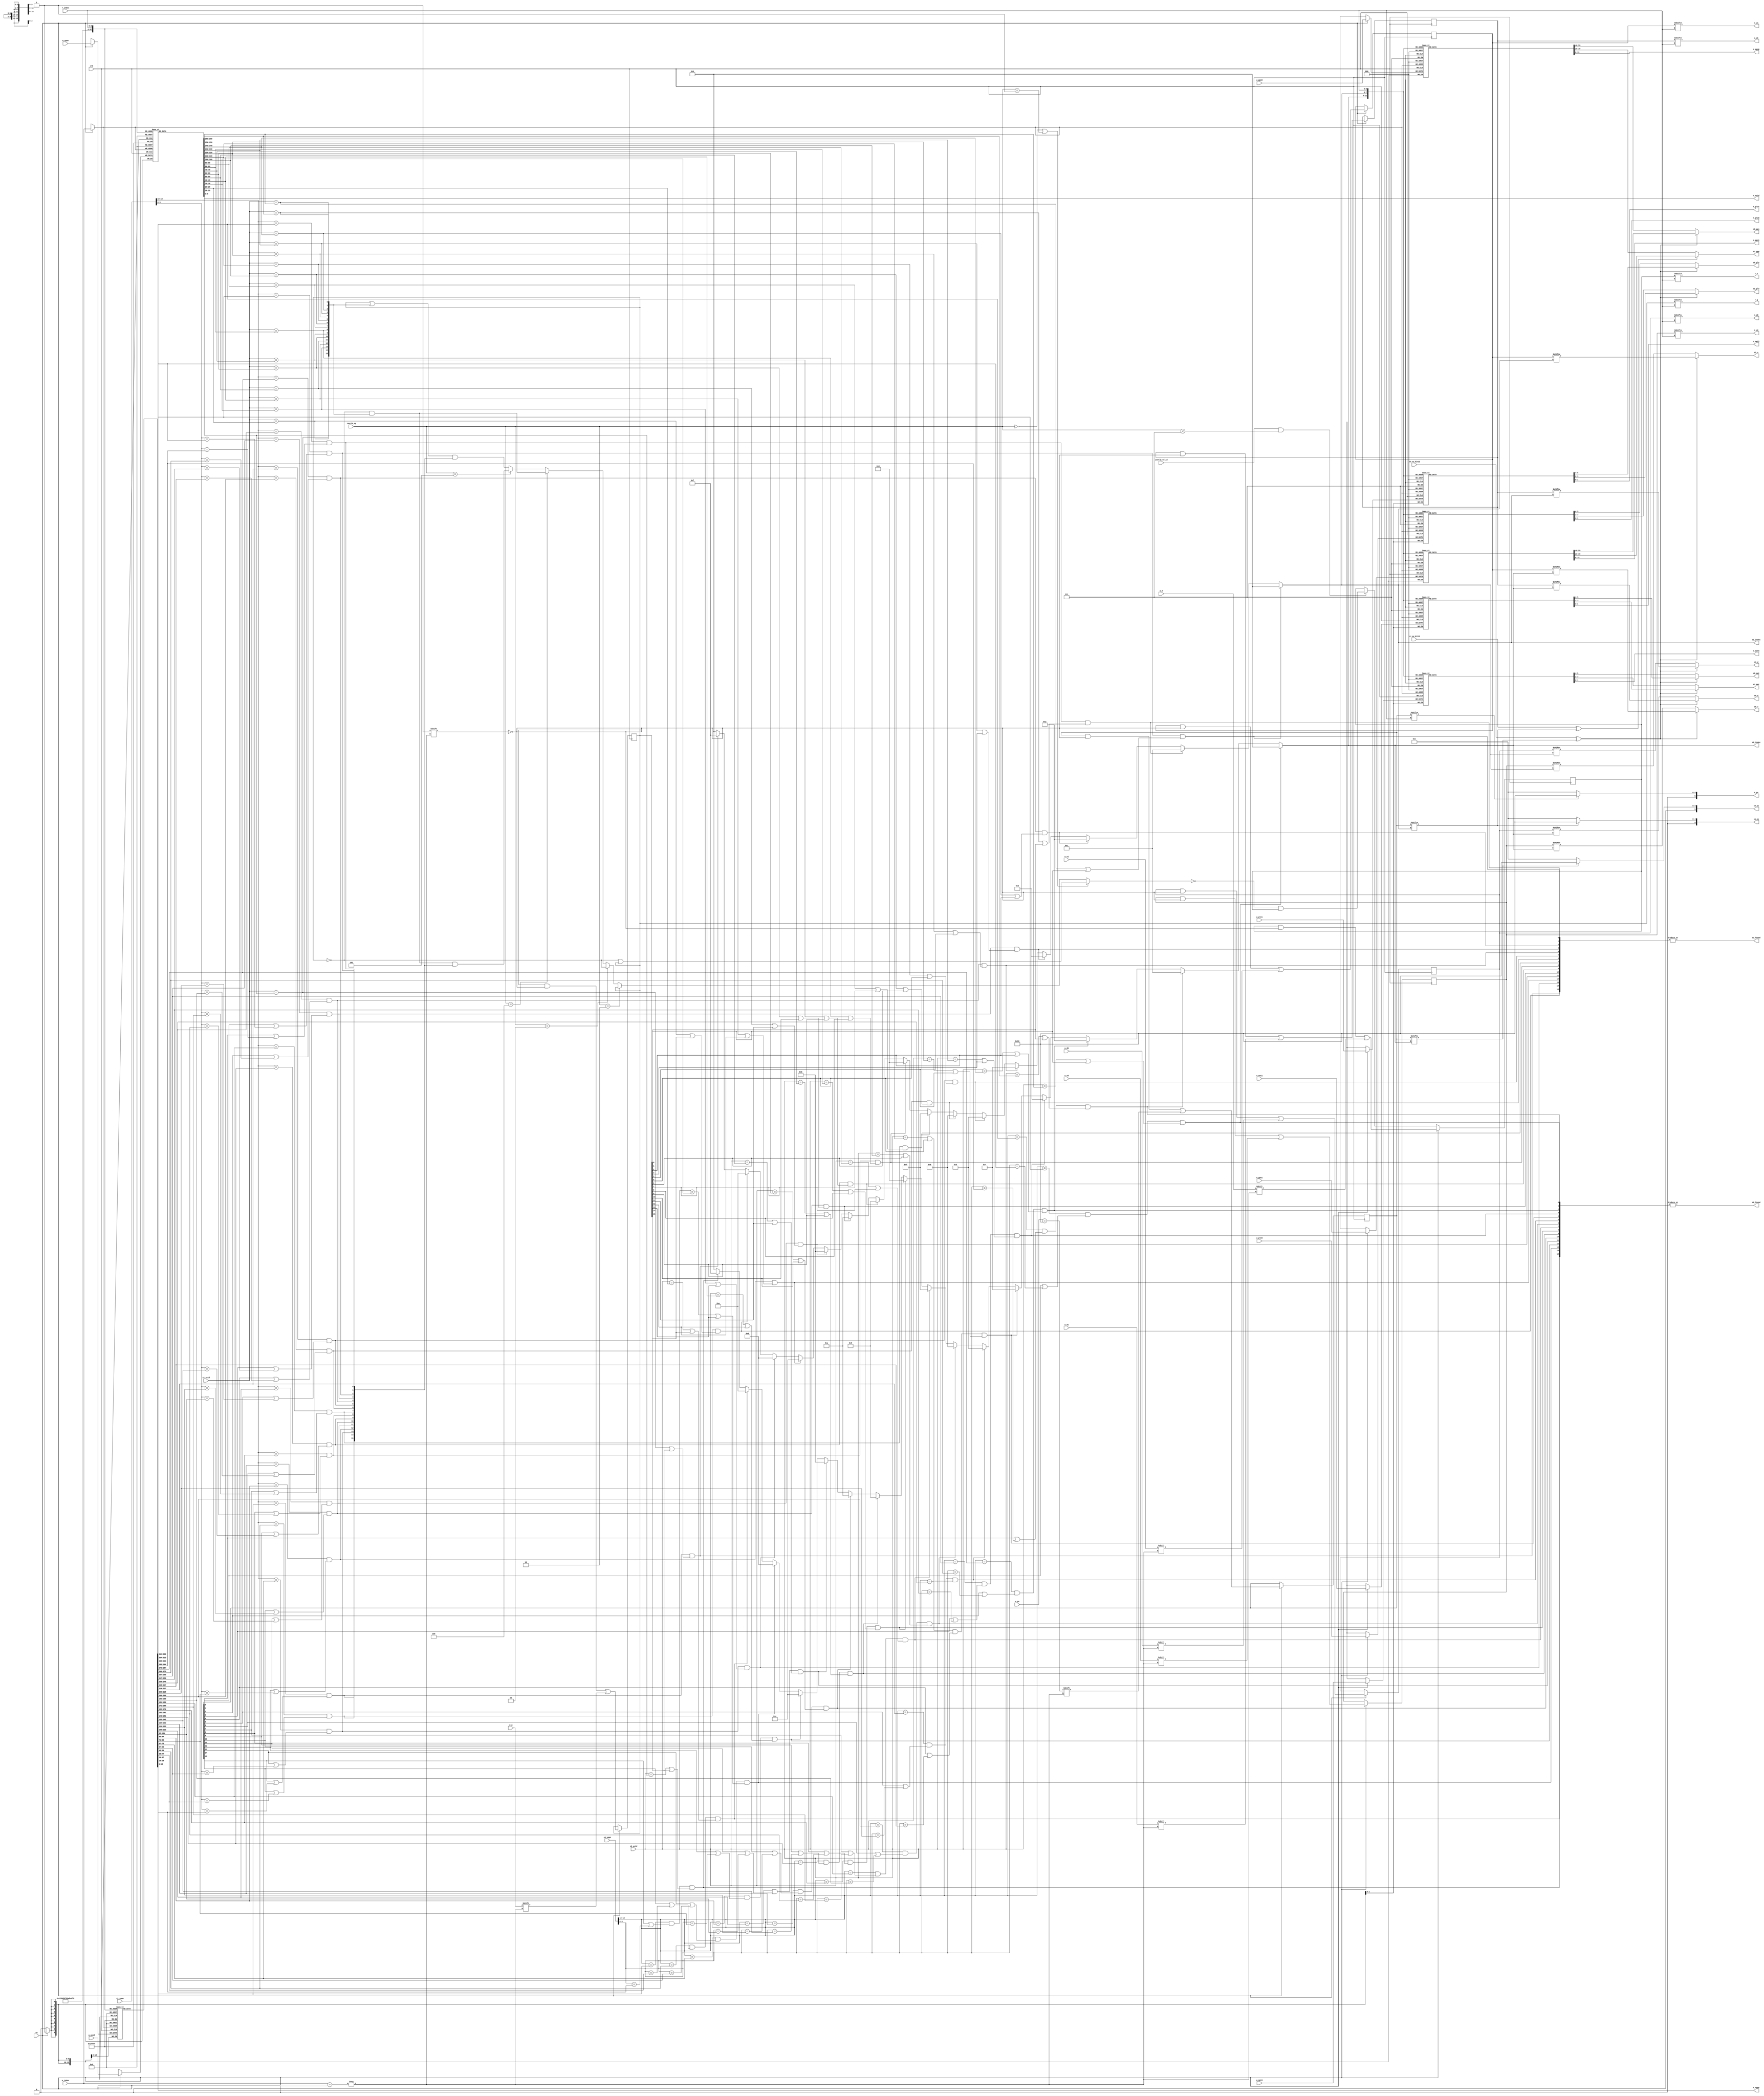
module tlb
#(
    parameter TLBNUM = 16
    // $clog2(16) = 4
)
(
    input  wire             clk,
    //input  wire             resetn,       //tlb_top hasn't this signal

    /* TLB compare part
    *  -------------------------------------------------
    *  |       VPPN        |   PS   | G |   ASID   | E |         
    *  -------------------------------------------------
    * 30                  12       11  10         1   0
    *
    * E:     (tlb_e)     1TLB
    * ASID:  (tlb_asid)  
    * G:     (tlb_g)     g1asid
    * PS   (tlb_ps)     -->  (12-->4KB, 22-->4MB)
    * VPPN:  (tlb_vppn)  TLB(/)
    */

    /* TLB phys_exchange part
    *  ------------------------------------------------------
    *  |       PPN0        |   PLV0   |   MAT0   | D0 | V0 |         
    *  -----------------------------------------------------
    *  |       PPN1        |   PLV1   |   MAT1   | D1 | V1 |         
    *  ----------------------------------------------------
    * 23                  4          3          2    1   0
    *
    * v:     (tlb_v)     1
    * d:     (tlb_d)     1
    * mat:   (tlb_mat)   
    * plv  (tlb_plv)   
    * ppn:   (tlb_ppn)   (20)
    */

    //search port 0 (for fetch)
    input  wire [18:0]                  s0_vppn,
    input  wire                         s0_va_bit12,        
    input  wire [9:0]                   s0_asid,
    output wire                         s0_found,
    output wire [$clog2(TLBNUM)-1:0]    s0_index,
    output wire [19:0]                  s0_ppn,
    output wire [5:0]                   s0_ps,
    output wire [1:0]                   s0_plv,
    output wire [1:0]                   s0_mat,
    output wire                         s0_d,
    output wire                         s0_v,

    // search port 1 (for load/store)
    input  wire [18:0]                  s1_vppn,
    input  wire                         s1_va_bit12,      
    input  wire [9:0]                   s1_asid,
    output wire                         s1_found,
    output wire [$clog2(TLBNUM)-1:0]    s1_index,
    output wire [19:0]                  s1_ppn,
    output wire [5:0]                   s1_ps,
    output wire [1:0]                   s1_plv,
    output wire [1:0]                   s1_mat,
    output wire                         s1_d,
    output wire                         s1_v,

    // invtlb opcode
    input  wire                         invtlb_valid,
    input  wire [4:0]                   invtlb_op,

    // write port
    input  wire                         we,  //w(rite) e(nable)
    input  wire [$clog2(TLBNUM)-1:0]    w_index,
    input  wire                         w_e,
    input  wire [18:0]                  w_vppn,
    input  wire [5:0]                   w_ps,
    input  wire [9:0]                   w_asid,
    input  wire                         w_g,

    input  wire [19:0]                  w_ppn0,
    input  wire [1:0]                   w_plv0,
    input  wire [1:0]                   w_mat0,
    input  wire                         w_d0,
    input  wire                         w_v0,

    input  wire [19:0]                  w_ppn1,
    input  wire [1:0]                   w_plv1,
    input  wire [1:0]                   w_mat1,
    input  wire                         w_d1,
    input  wire                         w_v1,

    //read port
    input  wire [$clog2(TLBNUM)-1:0]    r_index,
    output wire                         r_e,
    output wire [18:0]                  r_vppn,
    output wire [5:0]                   r_ps,
    output wire [9:0]                   r_asid,
    output wire                         r_g,

    output wire [19:0]                  r_ppn0,
    output wire [1:0]                   r_plv0,
    output wire [1:0]                   r_mat0,
    output wire                         r_d0,
    output wire                         r_v0,

    output wire [19:0]                  r_ppn1,
    output wire [1:0]                   r_plv1,
    output wire [1:0]                   r_mat1,
    output wire                         r_d1,
    output wire                         r_v1

    //for invtlb op
    /* INVTLB OP
    *  ---------------------------------------------------------
    * / Seek / G=0 & Seek / G=0 & right asid / G=1 / G=0 / All /
    *  ---------------------------------------------------------
    * 7      6            5                  4     3     2     0
    */
);

reg [TLBNUM-1:0]    tlb_e;
reg [TLBNUM-1:0]    tlb_ps4MB;  //pagesize 1:4MB, 0:4KB
reg [18:0]          tlb_vppn    [TLBNUM-1:0];
//reg [5:0]           tlb_ps      [TLBNUM-1:0];     //no need, tlb_ps4MB instead
reg [9:0]           tlb_asid    [TLBNUM-1:0];
reg [TLBNUM-1:0]    tlb_g;      //patch:16wr
reg [19:0]          tlb_ppn0    [TLBNUM-1:0];
reg [1:0]           tlb_plv0    [TLBNUM-1:0];
reg [1:0]           tlb_mat0    [TLBNUM-1:0];
reg  [TLBNUM-1:0]               tlb_d0      ;
reg  [TLBNUM-1:0]               tlb_v0      ;
reg [19:0]          tlb_ppn1    [TLBNUM-1:0];
reg [1:0]           tlb_plv1    [TLBNUM-1:0];
reg [1:0]           tlb_mat1    [TLBNUM-1:0];
reg  [TLBNUM-1:0]               tlb_d1      ;
reg  [TLBNUM-1:0]               tlb_v1      ;

/*
match requirement1: 
if pagesize is 4MB (tlb_ps4MB[0] == 1), then only need match vppn[18:10]
else pagesize is 4KB, then need match vppn[18:0]

match requirement2:
if global, then needn't match asid
else tlb_g[0] == 1, then need match asis
*/

// port 0 (for fetch)
wire [TLBNUM-1:0] match0;

assign match0[0] = (s0_vppn[18:10] == tlb_vppn[0][18:10])
                && (tlb_ps4MB[0] || s0_vppn[9:0] == tlb_vppn[0][9:0])
                && ((s0_asid == tlb_asid[0]) || tlb_g[0]);

assign match0[1] = (s0_vppn[18:10] == tlb_vppn[1][18:10])
                && (tlb_ps4MB[1] || s0_vppn[9:0] == tlb_vppn[1][9:0])
                && ((s0_asid == tlb_asid[1]) || tlb_g[1]);
            
assign match0[2] = (s0_vppn[18:10] == tlb_vppn[2][18:10])
                && (tlb_ps4MB[2] || s0_vppn[9:0] == tlb_vppn[2][9:0])
                && ((s0_asid == tlb_asid[2]) || tlb_g[2]);

assign match0[3] = (s0_vppn[18:10] == tlb_vppn[3][18:10])
                && (tlb_ps4MB[3] || s0_vppn[9:0] == tlb_vppn[3][9:0])
                && ((s0_asid == tlb_asid[3]) || tlb_g[3]);

assign match0[4] = (s0_vppn[18:10] == tlb_vppn[4][18:10])
                && (tlb_ps4MB[4] || s0_vppn[9:0] == tlb_vppn[4][9:0])
                && ((s0_asid == tlb_asid[4]) || tlb_g[4]);

assign match0[5] = (s0_vppn[18:10] == tlb_vppn[5][18:10])
                && (tlb_ps4MB[5] || s0_vppn[9:0] == tlb_vppn[5][9:0])
                && ((s0_asid == tlb_asid[5]) || tlb_g[5]);
            
assign match0[6] = (s0_vppn[18:10] == tlb_vppn[6][18:10])
                && (tlb_ps4MB[6] || s0_vppn[9:0] == tlb_vppn[6][9:0])
                && ((s0_asid == tlb_asid[6]) || tlb_g[6]);

assign match0[7] = (s0_vppn[18:10] == tlb_vppn[7][18:10])
                && (tlb_ps4MB[7] || s0_vppn[9:0] == tlb_vppn[7][9:0])
                && ((s0_asid == tlb_asid[7]) || tlb_g[7]);

assign match0[8] = (s0_vppn[18:10] == tlb_vppn[8][18:10])
                && (tlb_ps4MB[8] || s0_vppn[9:0] == tlb_vppn[8][9:0])
                && ((s0_asid == tlb_asid[8]) || tlb_g[8]);

assign match0[9] = (s0_vppn[18:10] == tlb_vppn[9][18:10])
                && (tlb_ps4MB[9] || s0_vppn[9:0] == tlb_vppn[9][9:0])
                && ((s0_asid == tlb_asid[9]) || tlb_g[9]);
            
assign match0[10] = (s0_vppn[18:10] == tlb_vppn[10][18:10])
                && (tlb_ps4MB[10] || s0_vppn[9:0] == tlb_vppn[10][9:0])
                && ((s0_asid == tlb_asid[10]) || tlb_g[10]);

assign match0[11] = (s0_vppn[18:10] == tlb_vppn[11][18:10])
                && (tlb_ps4MB[11] || s0_vppn[9:0] == tlb_vppn[11][9:0])
                && ((s0_asid == tlb_asid[11]) || tlb_g[11]);

assign match0[12] = (s0_vppn[18:10] == tlb_vppn[12][18:10])
                && (tlb_ps4MB[12] || s0_vppn[9:0] == tlb_vppn[12][9:0])
                && ((s0_asid == tlb_asid[12]) || tlb_g[12]);

assign match0[13] = (s0_vppn[18:10] == tlb_vppn[13][18:10])
                && (tlb_ps4MB[13] || s0_vppn[9:0] == tlb_vppn[13][9:0])
                && ((s0_asid == tlb_asid[13]) || tlb_g[13]);

assign match0[14] = (s0_vppn[18:10] == tlb_vppn[14][18:10])
                && (tlb_ps4MB[14] || s0_vppn[9:0] == tlb_vppn[14][9:0])
                && ((s0_asid == tlb_asid[14]) || tlb_g[14]);

assign match0[15] = (s0_vppn[18:10] == tlb_vppn[15][18:10])
                && (tlb_ps4MB[15] || s0_vppn[9:0] == tlb_vppn[15][9:0])
                && ((s0_asid == tlb_asid[15]) || tlb_g[15]);

// port 1 (for load/store)
wire [TLBNUM-1:0] match1;

assign match1[0] = (s1_vppn[18:10] == tlb_vppn[0][18:10])
                && (tlb_ps4MB[0] || s1_vppn[9:0] == tlb_vppn[0][9:0])
                && ((s1_asid == tlb_asid[0]) || tlb_g[0]);

assign match1[1] = (s1_vppn[18:10] == tlb_vppn[1][18:10])
                && (tlb_ps4MB[1] || s1_vppn[9:0] == tlb_vppn[1][9:0])
                && ((s1_asid == tlb_asid[1]) || tlb_g[1]);
            
assign match1[2] = (s1_vppn[18:10] == tlb_vppn[2][18:10])
                && (tlb_ps4MB[2] || s1_vppn[9:0] == tlb_vppn[2][9:0])
                && ((s1_asid == tlb_asid[2]) || tlb_g[2]);

assign match1[3] = (s1_vppn[18:10] == tlb_vppn[3][18:10])
                && (tlb_ps4MB[3] || s1_vppn[9:0] == tlb_vppn[3][9:0])
                && ((s1_asid == tlb_asid[3]) || tlb_g[3]);

assign match1[4] = (s1_vppn[18:10] == tlb_vppn[4][18:10])
                && (tlb_ps4MB[4] || s1_vppn[9:0] == tlb_vppn[4][9:0])
                && ((s1_asid == tlb_asid[4]) || tlb_g[4]);

assign match1[5] = (s1_vppn[18:10] == tlb_vppn[5][18:10])
                && (tlb_ps4MB[5] || s1_vppn[9:0] == tlb_vppn[5][9:0])
                && ((s1_asid == tlb_asid[5]) || tlb_g[5]);
            
assign match1[6] = (s1_vppn[18:10] == tlb_vppn[6][18:10])
                && (tlb_ps4MB[6] || s1_vppn[9:0] == tlb_vppn[6][9:0])
                && ((s1_asid == tlb_asid[6]) || tlb_g[6]);

assign match1[7] = (s1_vppn[18:10] == tlb_vppn[7][18:10])
                && (tlb_ps4MB[7] || s1_vppn[9:0] == tlb_vppn[7][9:0])
                && ((s1_asid == tlb_asid[7]) || tlb_g[7]);

assign match1[8] = (s1_vppn[18:10] == tlb_vppn[8][18:10])
                && (tlb_ps4MB[8] || s1_vppn[9:0] == tlb_vppn[8][9:0])
                && ((s1_asid == tlb_asid[8]) || tlb_g[8]);

assign match1[9] = (s1_vppn[18:10] == tlb_vppn[9][18:10])
                && (tlb_ps4MB[9] || s1_vppn[9:0] == tlb_vppn[9][9:0])
                && ((s1_asid == tlb_asid[9]) || tlb_g[9]);
            
assign match1[10] = (s1_vppn[18:10] == tlb_vppn[10][18:10])
                && (tlb_ps4MB[10] || s1_vppn[9:0] == tlb_vppn[10][9:0])
                && ((s1_asid == tlb_asid[10]) || tlb_g[10]);

assign match1[11] = (s1_vppn[18:10] == tlb_vppn[11][18:10])
                && (tlb_ps4MB[11] || s1_vppn[9:0] == tlb_vppn[11][9:0])
                && ((s1_asid == tlb_asid[11]) || tlb_g[11]);

assign match1[12] = (s1_vppn[18:10] == tlb_vppn[12][18:10])
                && (tlb_ps4MB[12] || s1_vppn[9:0] == tlb_vppn[12][9:0])
                && ((s1_asid == tlb_asid[12]) || tlb_g[12]);

assign match1[13] = (s1_vppn[18:10] == tlb_vppn[13][18:10])
                && (tlb_ps4MB[13] || s1_vppn[9:0] == tlb_vppn[13][9:0])
                && ((s1_asid == tlb_asid[13]) || tlb_g[13]);

assign match1[14] = (s1_vppn[18:10] == tlb_vppn[14][18:10])
                && (tlb_ps4MB[14] || s1_vppn[9:0] == tlb_vppn[14][9:0])
                && ((s1_asid == tlb_asid[14]) || tlb_g[14]);

assign match1[15] = (s1_vppn[18:10] == tlb_vppn[15][18:10])
                && (tlb_ps4MB[15] || s1_vppn[9:0] == tlb_vppn[15][9:0])
                && ((s1_asid == tlb_asid[15]) || tlb_g[15]);

wire [TLBNUM-1:0] cond1;
wire [TLBNUM-1:0] cond2;
wire [TLBNUM-1:0] cond3;
wire [TLBNUM-1:0] cond4;
wire [TLBNUM-1:0] inv_match;
assign cond1 = ~tlb_g;
assign cond2 = tlb_g;
assign cond3 = {{s1_asid == tlb_asid[15]},{s1_asid == tlb_asid[14]},{s1_asid == tlb_asid[13]},
                            {s1_asid == tlb_asid[12]},{s1_asid == tlb_asid[11]},{s1_asid == tlb_asid[10]},{s1_asid == tlb_asid[9]},
                            {s1_asid == tlb_asid[8]},{s1_asid == tlb_asid[7]},{s1_asid == tlb_asid[6]},{s1_asid == tlb_asid[5]},
                            {s1_asid == tlb_asid[4]},{s1_asid == tlb_asid[3]},{s1_asid == tlb_asid[2]},{s1_asid == tlb_asid[1]},
                            {s1_asid == tlb_asid[0]}};

assign cond4 ={{(s1_vppn[18:10] == tlb_vppn[15][18:10]) && (tlb_ps4MB[15] || s1_vppn[9:0] == tlb_vppn[15][9:0])},
                          {(s1_vppn[18:10] == tlb_vppn[14][18:10]) && (tlb_ps4MB[14] || s1_vppn[9:0] == tlb_vppn[14][9:0])},
                          {(s1_vppn[18:10] == tlb_vppn[13][18:10]) && (tlb_ps4MB[13] || s1_vppn[9:0] == tlb_vppn[13][9:0])},
                          {(s1_vppn[18:10] == tlb_vppn[12][18:10]) && (tlb_ps4MB[12] || s1_vppn[9:0] == tlb_vppn[12][9:0])},
                          {(s1_vppn[18:10] == tlb_vppn[11][18:10]) && (tlb_ps4MB[11] || s1_vppn[9:0] == tlb_vppn[11][9:0])},
                          {(s1_vppn[18:10] == tlb_vppn[10][18:10]) && (tlb_ps4MB[10] || s1_vppn[9:0] == tlb_vppn[10][9:0])},
                          {(s1_vppn[18:10] == tlb_vppn[9][18:10]) && (tlb_ps4MB[9] || s1_vppn[9:0] == tlb_vppn[9][9:0])},
                          {(s1_vppn[18:10] == tlb_vppn[8][18:10]) && (tlb_ps4MB[8] || s1_vppn[9:0] == tlb_vppn[8][9:0])},
                          {(s1_vppn[18:10] == tlb_vppn[7][18:10]) && (tlb_ps4MB[7] || s1_vppn[9:0] == tlb_vppn[7][9:0])},
                          {(s1_vppn[18:10] == tlb_vppn[6][18:10]) && (tlb_ps4MB[6] || s1_vppn[9:0] == tlb_vppn[6][9:0])},
                          {(s1_vppn[18:10] == tlb_vppn[5][18:10]) && (tlb_ps4MB[5] || s1_vppn[9:0] == tlb_vppn[5][9:0])},
                          {(s1_vppn[18:10] == tlb_vppn[4][18:10]) && (tlb_ps4MB[4] || s1_vppn[9:0] == tlb_vppn[4][9:0])},
                          {(s1_vppn[18:10] == tlb_vppn[3][18:10]) && (tlb_ps4MB[3] || s1_vppn[9:0] == tlb_vppn[3][9:0])},
                          {(s1_vppn[18:10] == tlb_vppn[2][18:10]) && (tlb_ps4MB[2] || s1_vppn[9:0] == tlb_vppn[2][9:0])},
                          {(s1_vppn[18:10] == tlb_vppn[1][18:10]) && (tlb_ps4MB[1] || s1_vppn[9:0] == tlb_vppn[1][9:0])},
                          {(s1_vppn[18:10] == tlb_vppn[0][18:10]) && (tlb_ps4MB[0] || s1_vppn[9:0] == tlb_vppn[0][9:0])}
};
assign inv_match = (invtlb_op == 5'h0 || invtlb_op == 5'h1) ?
                   (cond1 | cond2):
                   invtlb_op == 5'h2 ?
                   cond2:
                   invtlb_op == 5'h3 ?
                   cond1:
                   invtlb_op == 5'h4 ?
                   cond1 & cond3:
                   invtlb_op == 5'h5 ?
                   cond1 & cond3 & cond4:
                   (cond2 | cond3) & cond4;
/*---------------------------------s0,s1 output----------------------------------*/

// whether found or not up to if match all zero
assign s0_found = |match0[TLBNUM-1:0];
assign s1_found = |match1[TLBNUM-1:0];


assign s0_index = match0[0]  ? 4'b0000 :
                  match0[1]  ? 4'b0001 :
                  match0[2]  ? 4'b0010 :
                  match0[3]  ? 4'b0011 :
                  match0[4]  ? 4'b0100 :
                  match0[5]  ? 4'b0101 :
                  match0[6]  ? 4'b0110 :
                  match0[7]  ? 4'b0111 :
                  match0[8]  ? 4'b1000 :
                  match0[9]  ? 4'b1001 :
                  match0[10] ? 4'b1010 :
                  match0[11] ? 4'b1011 :
                  match0[12] ? 4'b1100 :
                  match0[13] ? 4'b1101 :
                  match0[14] ? 4'b1110 :
                  match0[15] ? 4'b1111 : 4'b0000;

assign s1_index = match1[0]  ? 4'b0000 :
                  match1[1]  ? 4'b0001 :
                  match1[2]  ? 4'b0010 :
                  match1[3]  ? 4'b0011 :
                  match1[4]  ? 4'b0100 :
                  match1[5]  ? 4'b0101 :
                  match1[6]  ? 4'b0110 :
                  match1[7]  ? 4'b0111 :
                  match1[8]  ? 4'b1000 :
                  match1[9]  ? 4'b1001 :
                  match1[10] ? 4'b1010 :
                  match1[11] ? 4'b1011 :
                  match1[12] ? 4'b1100 :
                  match1[13] ? 4'b1101 :
                  match1[14] ? 4'b1110 :
                  match1[15] ? 4'b1111 : 4'b0000;

assign s0_ppn = (s0_va_bit12 ^ tlb_ps4MB[s0_index]) ? tlb_ppn1[s0_index] : tlb_ppn0[s0_index];

assign s1_ppn = (s1_va_bit12 ^ tlb_ps4MB[s1_index]) ? tlb_ppn1[s1_index] : tlb_ppn0[s1_index];

assign s0_ps = tlb_ps4MB[s0_index] ? 6'b010110 : 6'b001100;

assign s1_ps = tlb_ps4MB[s1_index] ? 6'b010110 : 6'b001100;

assign s0_plv = (s0_va_bit12 ^ tlb_ps4MB[s0_index]) ? tlb_plv1[s0_index] : tlb_plv0[s0_index];

assign s1_plv = (s0_va_bit12 ^ tlb_ps4MB[s0_index]) ? tlb_plv1[s1_index] : tlb_plv0[s1_index];

assign s0_mat = (s0_va_bit12 ^ tlb_ps4MB[s0_index]) ? tlb_mat1[s0_index] : tlb_mat0[s0_index];

assign s1_mat = (s0_va_bit12 ^ tlb_ps4MB[s0_index]) ? tlb_mat1[s1_index] : tlb_mat0[s1_index];

assign s0_d = (s0_va_bit12 ^ tlb_ps4MB[s0_index]) ? tlb_d1[s0_index] : tlb_d0[s0_index];

assign s1_d = (s0_va_bit12 ^ tlb_ps4MB[s0_index]) ? tlb_d1[s1_index] : tlb_d0[s1_index];

assign s0_v = (s0_va_bit12 ^ tlb_ps4MB[s0_index]) ? tlb_v1[s0_index] : tlb_v0[s0_index];

assign s1_v = (s0_va_bit12 ^ tlb_ps4MB[s0_index]) ? tlb_v1[s1_index] : tlb_v0[s1_index];

/*-------------------------------------------------------------------------------*/

/*-----------------------------------read port------------------------------------*/

//part1

assign r_e = tlb_e[r_index];

assign r_vppn = tlb_vppn[r_index];

assign r_ps = (tlb_ps4MB[r_index]  ? 6'b010110 : 6'b001100);

assign r_asid = tlb_asid[r_index];

assign r_g = tlb_g[r_index];

//part 2

assign r_ppn0 = tlb_ppn0[r_index];
assign r_ppn1 = tlb_ppn1[r_index];

assign r_plv0 = tlb_plv0[r_index];
assign r_plv1 = tlb_plv1[r_index];

assign r_mat0 = tlb_mat0[r_index];
assign r_mat1 = tlb_mat1[r_index];

assign r_d0 = tlb_d0[r_index];
assign r_d1 = tlb_d1[r_index];

assign r_v0 = tlb_v0[r_index];
assign r_v1 = tlb_v1[r_index];

/*---------------------------------------------------------------------------------*/

/*-----------------------------------write port------------------------------------*/

wire if_4MB;
assign if_4MB = (w_ps == 6'b010110);

always @(posedge clk)
    begin
        if(we)
            begin
                tlb_e[w_index]      <= w_e;
                tlb_vppn[w_index]   <= w_vppn;
                tlb_ps4MB[w_index]  <= if_4MB;
                tlb_asid[w_index]   <= w_asid;
                tlb_g[w_index]      <= w_g;

                tlb_ppn0[w_index]   <= w_ppn0;
                tlb_plv0[w_index]   <= w_plv0;
                tlb_mat0[w_index]   <= w_mat0;
                tlb_d0[w_index]     <= w_d0;
                tlb_v0[w_index]     <= w_v0;

                tlb_ppn1[w_index]   <= w_ppn1;
                tlb_plv1[w_index]   <= w_plv1;
                tlb_mat1[w_index]   <= w_mat1;
                tlb_d1[w_index]     <= w_d1;
                tlb_v1[w_index]     <= w_v1;
            end
        else if(invtlb_valid && invtlb_op < 5'h7)
        begin
                tlb_e               <= ~inv_match & tlb_e;
        end
    end

/*---------------------------------------------------------------------------------*/

endmodule